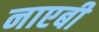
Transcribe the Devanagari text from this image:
नाएबी